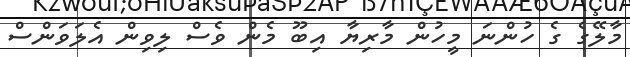
މާލޭގެ ގެ ހުންނަ މީހުން މާރިޔާ އިބޫ މެން ވެސް ލިވިން އެލަވަންސް